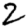
Digit: 2